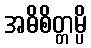
အဓိစိတ္တမ္ပိ